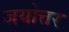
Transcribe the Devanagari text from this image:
जयोत्तर